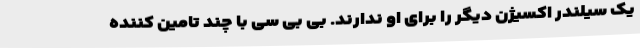
یک سیلندر اکسیژن دیگر را برای او ندارند. بی بی سی با چند تامین کننده